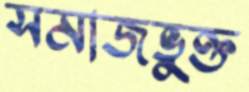
সমাজভুক্ত